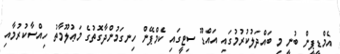
އެމްޑީޕީން ބުނީ މި ބައްދަލުކުރުމުގައި އައްޑޫ ސިޓީގައި ކެމްޕޭން ހިނގަމުންދާގޮތުގެ މަޢުލޫމާތު ހިއްސާކުރުމާއި